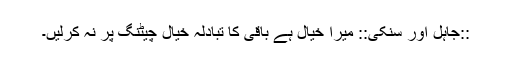
::جاہل اور سنکی:: میرا خیال ہے باقی کا تبادلہ خیال چیٹنگ پر نہ کرلیں۔